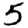
Digit: 5